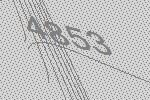
4853